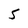
Character: 5